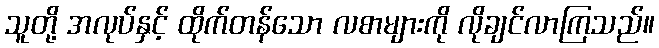
သူတို့ အလုပ်နှင့် ထိုက်တန်သော လစာများကို လိုချင်လာကြသည်။